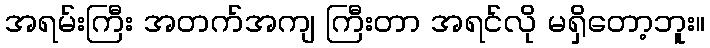
အရမ်းကြီး အတက်အကျ ကြီးတာ အရင်လို မရှိတော့ဘူး။